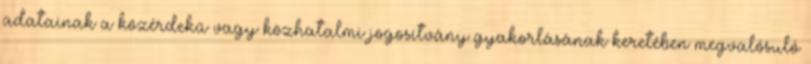
adatainak a közérdekű vagy közhatalmi jogosítvány gyakorlásának keretében megvalósuló